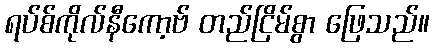
ရပ်စ်ကိုလ်နီကော့ဗ် တည်ငြိမ်စွာ ဖြေသည်။